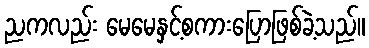
ညကလည်း မေမေနှင့်စကားပြောဖြစ်ခဲ့သည်။